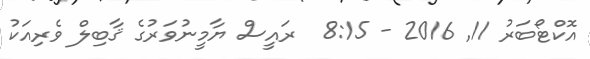
އޮކްޓޯބަރު 11